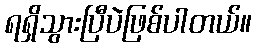
ရရှိသွားပြီပဲဖြစ်ပါတယ်။